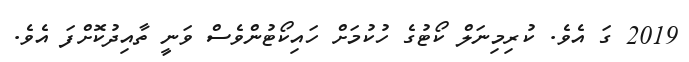
2019 ގަ އެވެ. ކުރިމިނަލް ކޯޓުގެ ހުކުމަށް ހައިކޯޓުންވެސް ވަނީ ތާއިދުކޮށްފަ އެވެ.